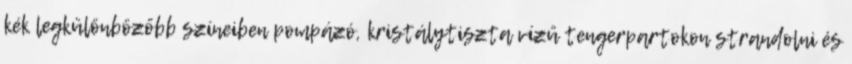
kék legkülönbözőbb színeiben pompázó, kristálytiszta vízű tengerpartokon strandolni és